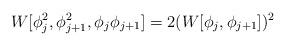
LaTeX: \begin{align*}W[\phi_j^2,\phi_{j+1}^2,\phi_{j}\phi_{j+1}]=2(W[\phi_j,\phi_{j+1}])^2\end{align*}